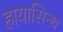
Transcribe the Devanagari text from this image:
हायासिन्थ